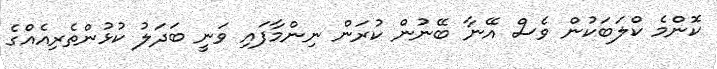
ކޮންމެ ކްލަބަކުން ވެސް އޭނާ ބޭނުން ކުރަން ނިންމާފައި ވަނީ ބަދަލު ކުޅުންތެރިއެއްގެ